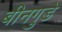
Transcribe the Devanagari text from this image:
बीनगुडे